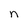
Character: n